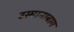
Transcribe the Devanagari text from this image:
उस्मानाबाग